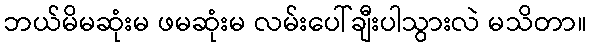
ဘယ်မိမဆုံးမ ဖမဆုံးမ လမ်းပေါ်ချီးပါသွားလဲ မသိတာ။